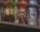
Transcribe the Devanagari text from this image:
मुरू